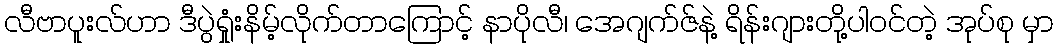
လီဗာပူးလ်ဟာ ဒီပွဲရှုံးနိမ့်လိုက်တာကြောင့် နာပိုလီ၊ အေဂျက်ဇ်နဲ့ ရိန်းဂျားတို့ပါဝင်တဲ့ အုပ်စု မှာ